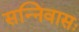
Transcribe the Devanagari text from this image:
सन्निवासः